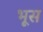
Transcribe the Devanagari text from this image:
भूस